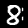
Label: 8